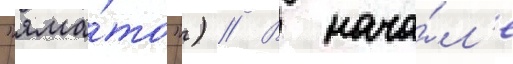
"яма́то") // В нача́л'е